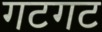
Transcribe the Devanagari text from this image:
गटगट